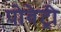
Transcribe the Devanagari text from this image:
पोवेट्री